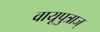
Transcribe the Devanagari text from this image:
वायूपुत्राज्